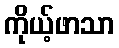
ကိုယ့်ဖာသာ